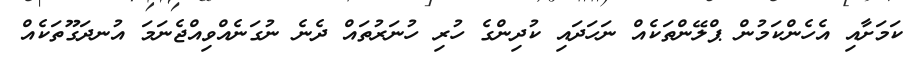
ކަމަށާއި އެހެންކަމުން ޕްލޭންތަކެއް ނަހަދައި ކުދިންގެ ހުރި ހުނަރުތައް ދެނެ ނުގަނެއްވިއްޖެނަމަ އުނދަގޫތަކެއް